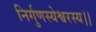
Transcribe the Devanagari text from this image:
निर्गुणस्येश्वरस्य।।